Civil Veterinary Department Bihar & Orissa reports 1929-36 - 1929-1936
Year: 1929
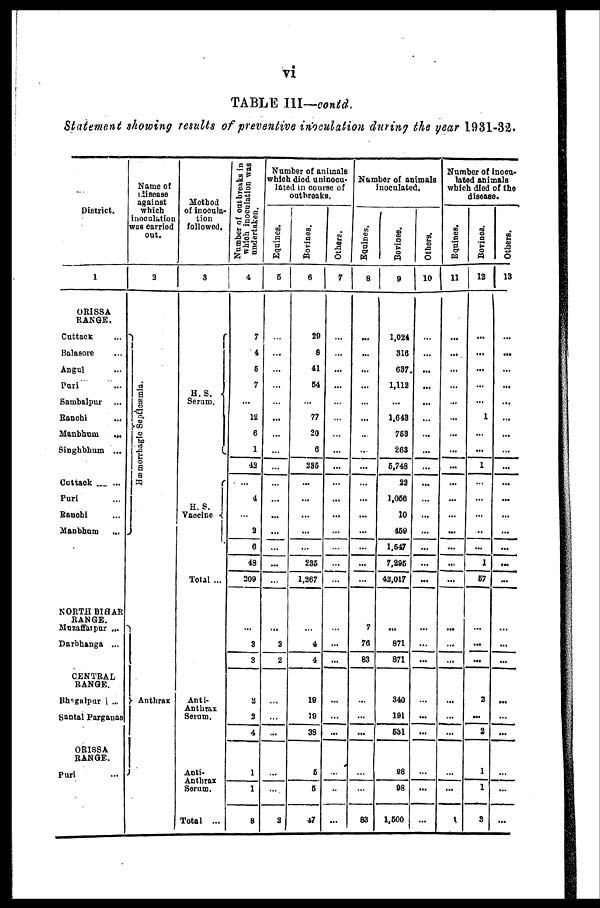
TABLE
III—contd.
Statement
showing
results
of preventive
inoculation
during
the year
1931-32.
District.
1
ORISSA
RANGE.
Cuttack ...
Balasore ...
Angul ...
Pari
Sambalpur ...
Ranchi ...
Manbhum
...
Singhbhum ...
Cuttack ...
Puri ...
Ranchi ..
Manbhum
...
NORTH BIHAR
RANGE.
Muzaffarpur ...
Darbhanga ...
CENTRAL
RANGE.
Bhagalpur ...
Santal Parganas
ORISSA
RANGE.
Puri ...
Name of
disease
against
which
inoculation
was carried
out.
2
Hæmo r
r
h a g ic Se pt i
c æmi a .
Anthrax
Method
of inocula-
tion
followed.
3
H. S.
Serum.
H. S.
Vaccine
Total ...
Anti-
Anthrax
Serum.
Anti-
Anthrax
Serum.
Total ...
Number of outbreaks in
which
inoculation was
undertaken.
4
7
4
5
7
...
12
6
1
42
...
4
...
2
6
48
209
...
3
3
2
2
4
1
1
8
Number of animals
which died uninocu-
lated in course of
outbreaks.
Equines.
6
...
...
...
....
...
...
...
...
...
...
...
...
...
...
...
...
...
2
2
...
...
...
...
...
2
Bovines.
6
29
8
41
64
...
77
20
6
235
...
...
...
...
...
235
1,267
...
4
4
19
19
3S
6
6
47
Others.
7
...
...
...
...
...
...
...
...
...
...
...
...
...
...
...
...
...
...
...
...
...
...
...
.....
...
Number of animals
inoculated.
Equines.
8
...
...
...
...
...
...
...
...
...
...
...
...
...
...
...
...
7
76
83
...
...
...
83
Bovines.
9
1,024
316
637.
1,112
...
1,643
753
263
6,748
22
1,066
10
459
1,647
7,296
42,017
...
871
871
340
191
631
98
98
1,600
Others.
10
...
...
...
...
...
...
...
...
...
...
...
...
...
...
...
...
...
...
...
...
...
...
...
...
...
Number of inocu-
lated animals
which died of the
disease.
Equines.
11
...
...
...
...
...
...
...
...
...
...
...
...
...
...
...
...
...
...
...
...
...
...
...
...
1
Bovines.
12
...
...
...
...
...
1
...
1
...
...
...
...
...
1
67
...
...
...
2
...
2
1
1
3
Others.
13
...
...
...
...
...
...
...
...
...
...
...
...
...
...
...
...
...
...
...
...
...
...
......
...
...